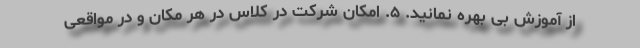
از آموزش بی بهره نمانید. ۵. امکان شرکت در کلاس در هر مکان و در مواقعی